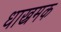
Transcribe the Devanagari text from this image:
धाख्रमक